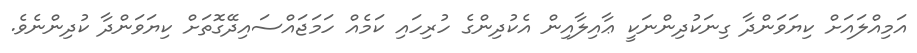
އަމިއްލައަށް ކިޔަވަންދާ ގިނަކުދިންނަކީ ޢާއިލާއިން އެކުދިންގެ ހުރިހައި ކަމެއް ހަމަޖައްސައިދޭގޮތަށް ކިޔަވަންދާ ކުދިންނެވެ.